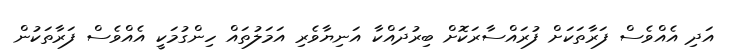
އަދި އެއްވެސް ފަރާތަކަށް ފުރައްސާރަކޮށް ބިރުދައްކާ އަނިޔާވެރި އަމަލުތައް ހިންގުމަކީ އެއްވެސް ފަރާތަކުން